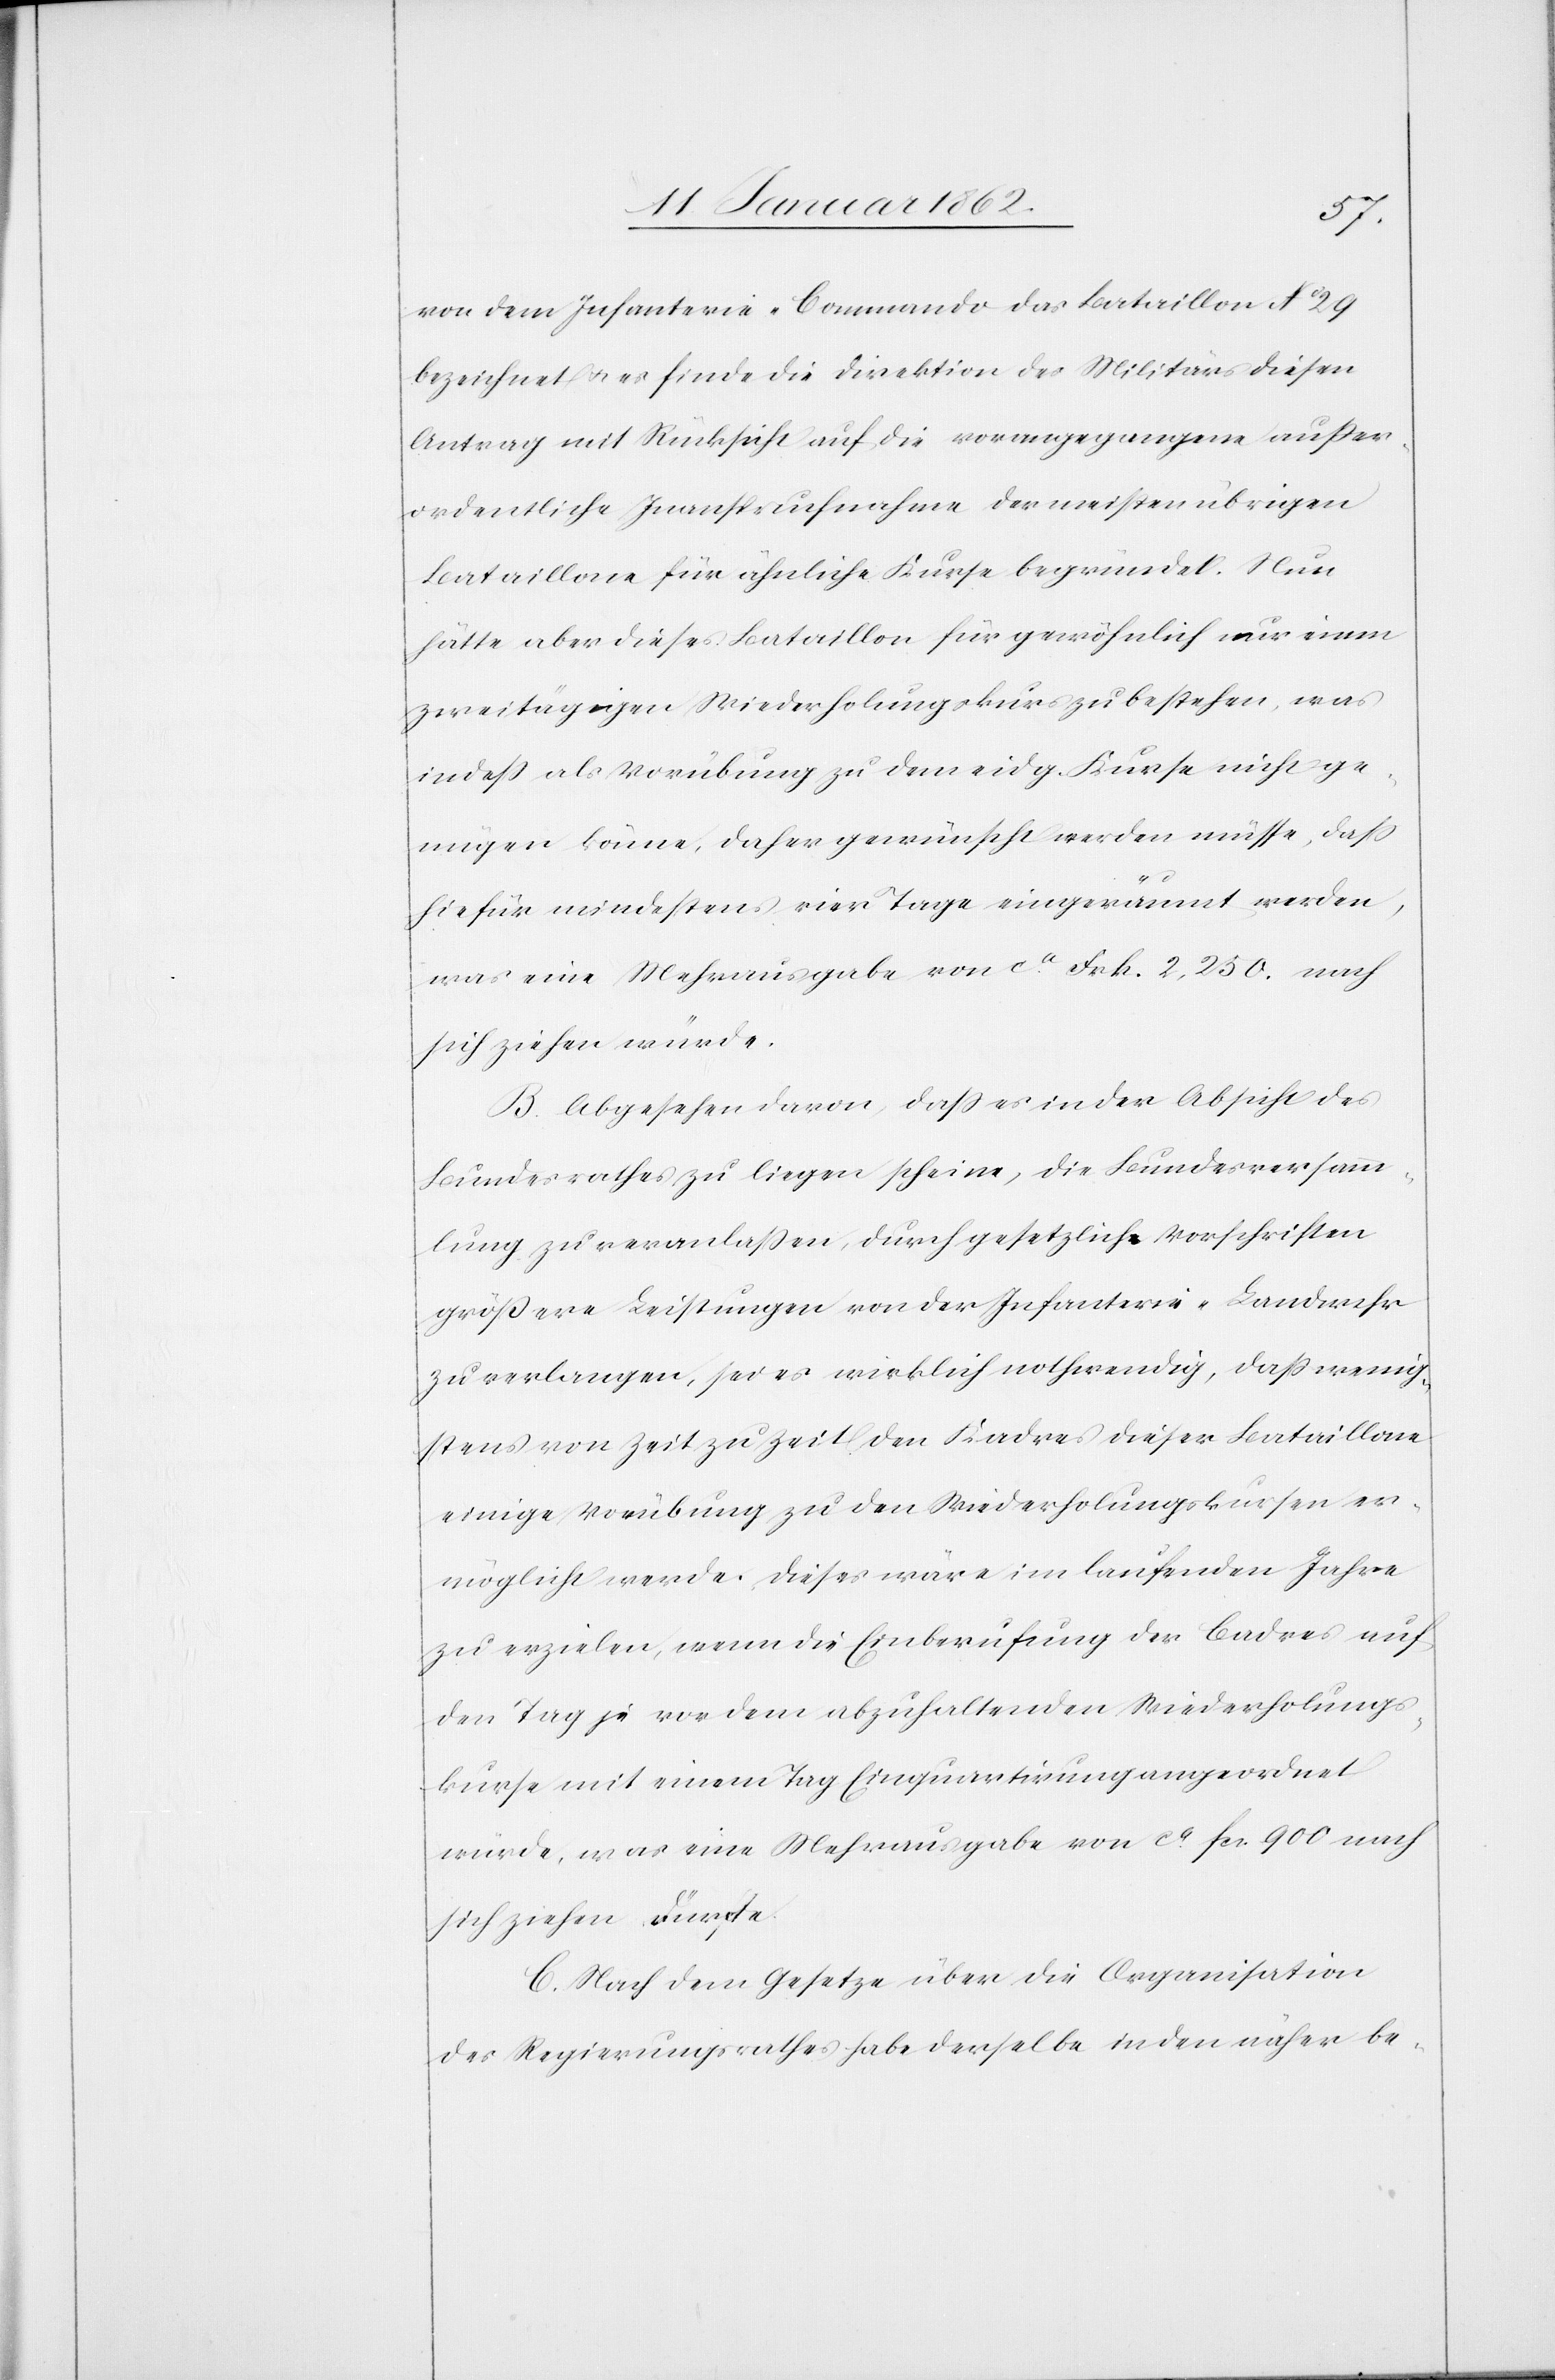
von dem Infanterie-Commando das Bataillon No 29
bezeichnet u. es finde die Direktion des Militärs diesen
Antrag mit Rücksicht auf die vorangegangene außer¬
ordentliche Inanspruchnahme der meisten übrigen
Bataillone für ähnliche Kurse begründet. Nun
hätte aber dieses Bataillon für gewöhnlich nur einen
zweitägigen Wiederholungskurs zu bestehen, was
indeß als Vorübung zu dem eidg. Kurse nicht ge¬
nügen könne, daher gewünscht werden müsse, daß
hiefür mindestens vier Tage eingeräumt werden,
was eine Mehrausgabe von ca. Frk. 2,250. nach
sich ziehen würde.
B. Abgesehen davon, daß es in der Absicht des
Bundesrathes zu liegen scheine, die Bundesversamm¬
lung zu veranlaßen, durch gesetzliche Vorschriften
größere Leistungen von der Infanterie-Landeswehr
zu verlangen, sei es wirklich nothwendig, daß wenig¬
stens von Zeit zu Zeit den Kadres dieser Bataillone
einige Vorübung zu den Wiederholungskursen er¬
möglicht werde. Dieses wäre im laufenden Jahre
zu erzielen, wenn die Einberufung der Cadres auf
den Tag je vor dem abzuhaltenden Wiederholungs¬
kurse mit einem Tag Einquartirung angeordnet
würde, was eine Mehrausgabe von ca. fcs. 900 nach
sich ziehen dürfte.
C. Nach dem Gesetze über die Organisation
des Regierungsrathes habe derselbe in den näher be-